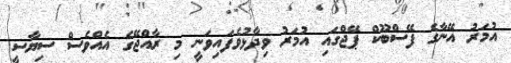
އުމަރު އޭނާގެ ފޭސްބޫކް ޕޭޖްގައި އުމަރު ވިދާޅުވެފައިވަނީ މި ރާއްޖޭގެ އެއްވެސް ސިޔާސީ